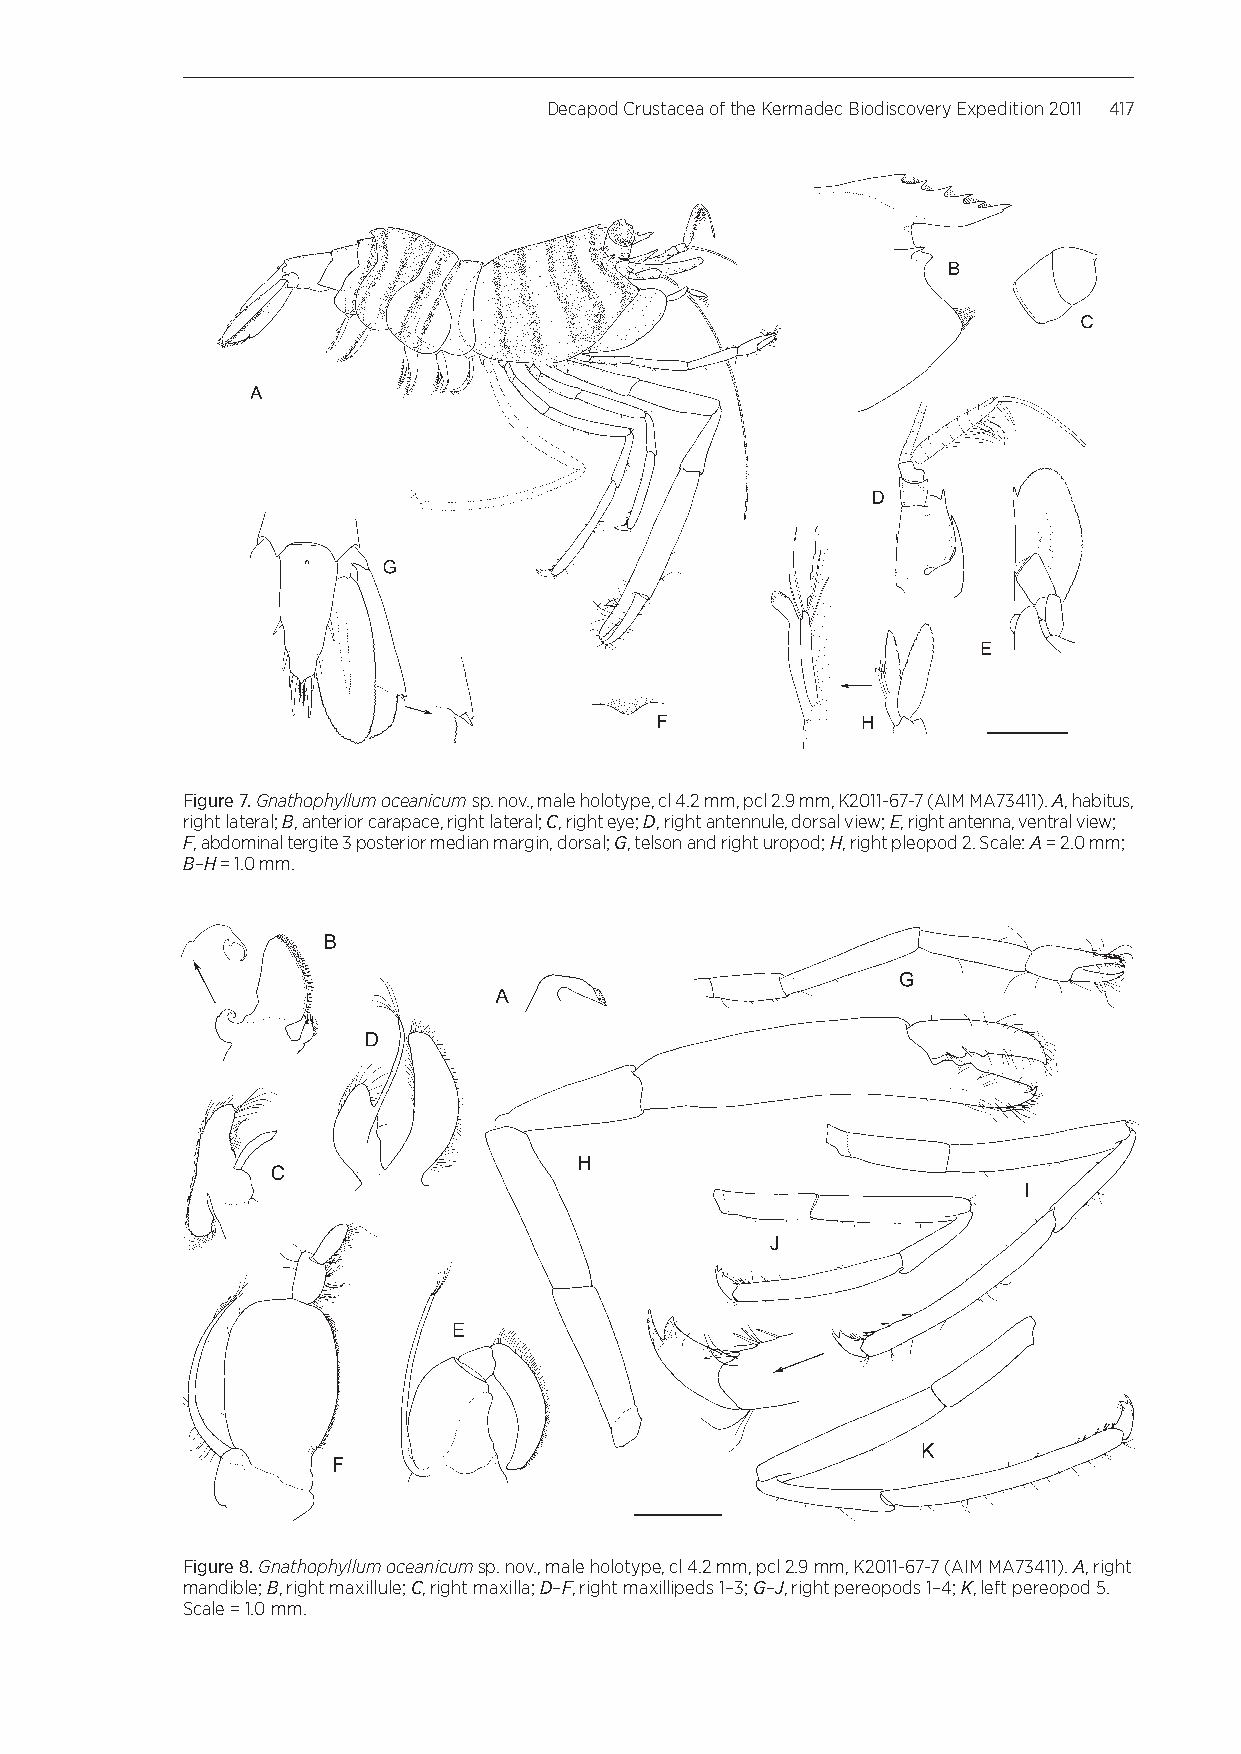
Decapod Crustacea of the Kermadec Biodiscovery Expedition 2011 417
 Figure 7. Gnathophyllum oceanicum sp. nov., male holotype, cl 4.2 mm, pcl 2.9 mm, K2011-67-7 (AIM MA73411). A, habitus,
 right lateral; B, anterior carapace, right lateral; C, right eye; D, right antennule, dorsal view; E, right antenna, ventral view;
 F, abdominal tergite 3 posterior median margin, dorsal; G, telson and right uropod; H, right pleopod 2. Scale: A = 2.0 mm;
 B–H = 1.0mm.
 Figure 8. Gnathophyllum oceanicum sp. nov., male holotype, cl 4.2 mm, pcl 2.9 mm, K2011-67-7 (AIM MA73411). A, right
 mandible; B, right maxillule; C, right maxilla; D–F, right maxillipeds 1–3; G–J, right pereopods 1–4; K, left pereopod 5.
 Scale = 1.0 mm.